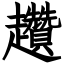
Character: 趲